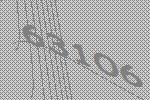
63106